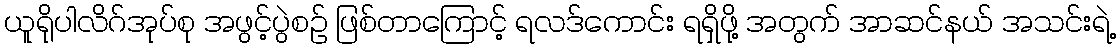
ယူရိုပါလိဂ်အုပ်စု အဖွင့်ပွဲစဉ် ဖြစ်တာကြောင့် ရလဒ်ကောင်း ရရှိဖို့ အတွက် အာဆင်နယ် အသင်းရဲ့